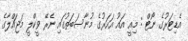
އެޑިޓަރުގެ ނޯޓް : މިއީ އައު އަހަރުގެ މުނާސަބަތުގައި ނެރޭ ވީކްލީ މަޖައްލާގެ